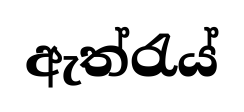
ඇත්රැය්